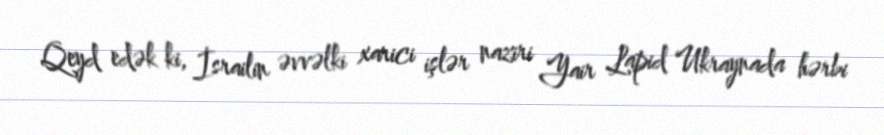
Qeyd edək ki, İsrailin əvvəlki xarici işlər naziri Yair Lapid Ukraynada hərbi